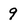
Character: 9